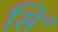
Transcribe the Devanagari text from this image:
सि॰